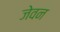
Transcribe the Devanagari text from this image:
जेवन